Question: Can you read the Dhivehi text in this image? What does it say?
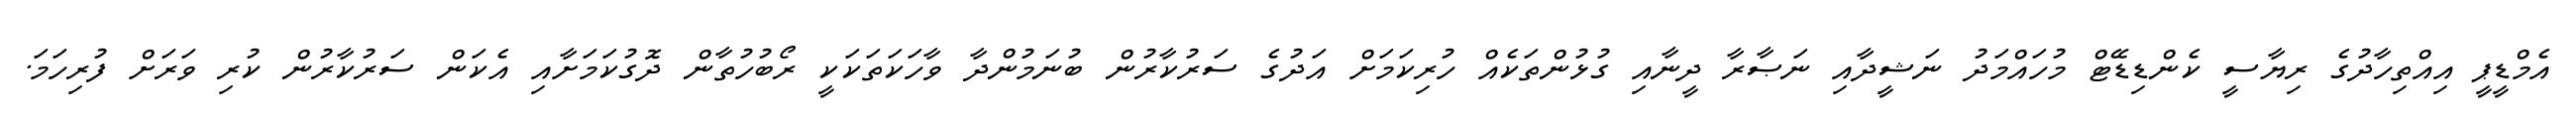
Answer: އެމްޑީޕީ އިއްތިހާދުގެ ރިޔާސީ ކެންޑިޑޭޓް މުހައްމަދު ނަޝީދާއި ނަޞާރާ ދީނާއި ގުޅުންތަކެއް ހުރިކަމަށް އަދުގެ ސަރުކާރުން ބުނަމުންދާ ވާހަކަތަކަކީ ރޯބުހުތާން ދޮގުކަމަށާއި އެކަން ސަރުކާރުން ކުރި ވަރަށް ފުރިހަމަ.